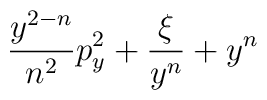
\!\! \frac{y^{2-n}}{n^{2}} p_y^2 + \frac{\xi}{y^n} + y^n \!\!